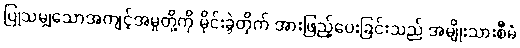
ပြုသမျှသောအကျင့်အမှုတို့ကို မိုင်းခွဲတိုက် အားဖြည့်ပေးခြင်းသည် အမျိုးသားစီမံ